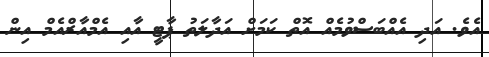
އެވެ. އަދި އެއްބަސްވުމެއް އޮތް ކަމަށް އަދާލަތު ޕާޓީ އާއި އެމްއާރްއެމް އިން